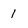
Character: 1